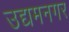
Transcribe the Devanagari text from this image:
उद्यमनगर